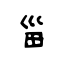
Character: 甾